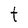
Character: t